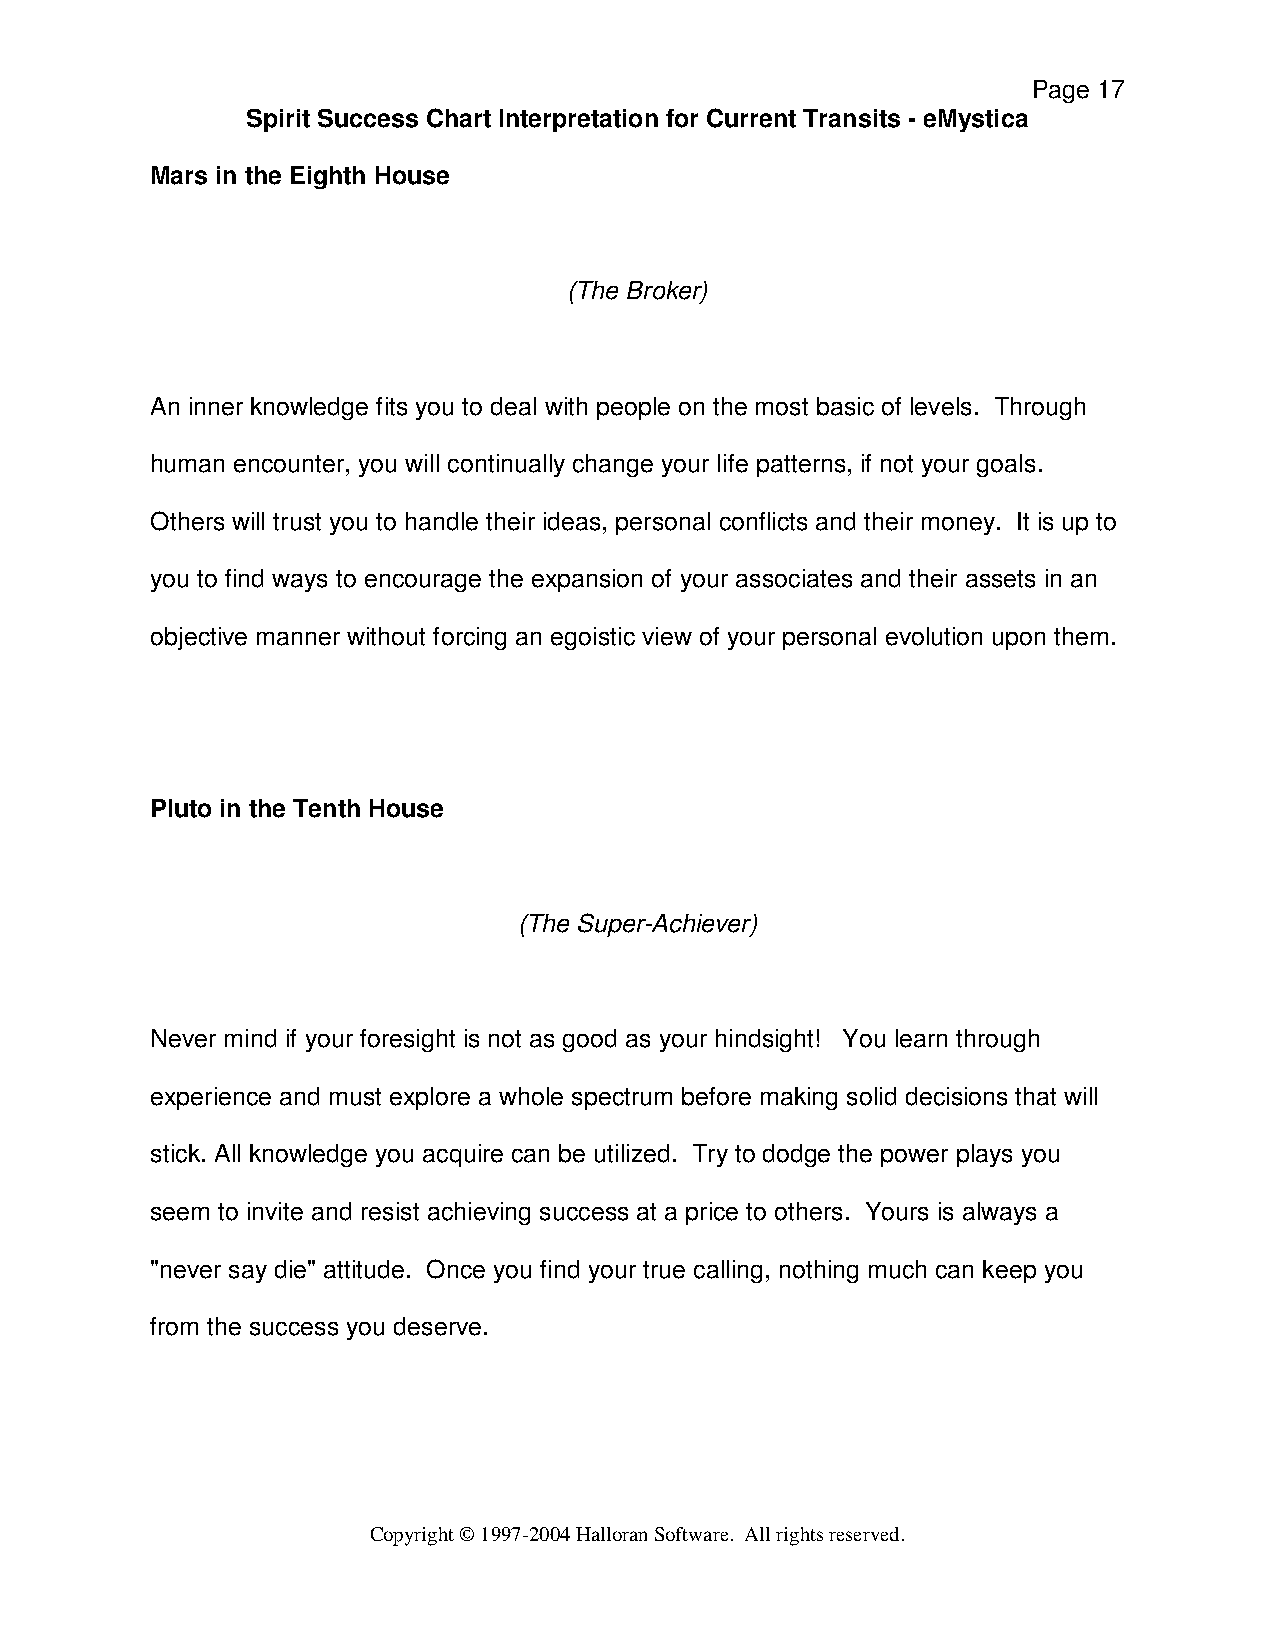
Page 17
 Spirit Success Chart Interpretation for Current Transits - eMystica
 Mars in the Eighth House
 (The Broker)
 An inner knowledge fits you to deal with people on the most basic of levels. Through
 human encounter, you will continually change your life patterns, if not your goals.
 Others will trust you to handle their ideas, personal conflicts and their money. It is up to
 you to find ways to encourage the expansion of your associates and their assets in an
 objective manner without forcing an egoistic view of your personal evolution upon them.
 Pluto in the Tenth House
 (The Super-Achiever)
 Never mind if your foresight is not as good as your hindsight! You learn through
 experience and must explore a whole spectrum before making solid decisions that will
 stick. All knowledge you acquire can be utilized. Try to dodge the power plays you
 seem to invite and resist achieving success at a price to others. Yours is always a
 "never say die" attitude. Once you find your true calling, nothing much can keep you
 from the success you deserve.
 Copyright © 1997-2004 Halloran Software. All rights reserved.